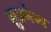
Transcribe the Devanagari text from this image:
सुप्रमेय्य